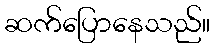
ဆက်ပြောနေသည်။